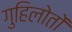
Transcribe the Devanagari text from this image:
गुहिलोतों